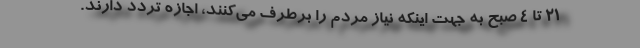
۲۱ تا ۴ صبح به جهت اینکه نیاز مردم را برطرف می‌کنند، اجازه تردد دارند.